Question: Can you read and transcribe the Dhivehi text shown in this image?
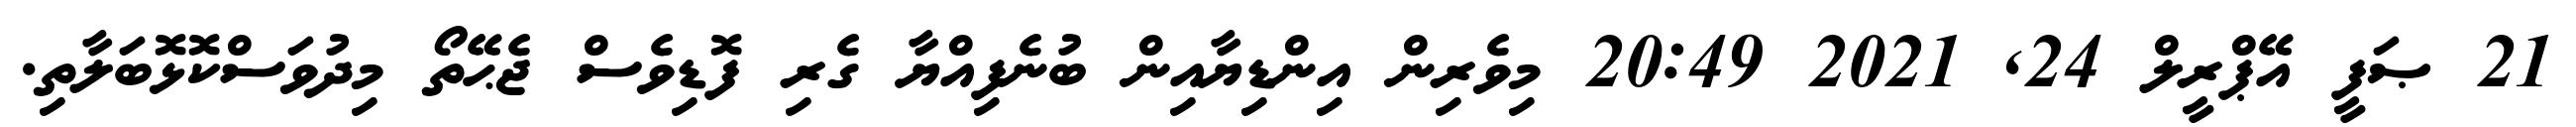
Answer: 21 ޞަފީ އޭޕްރީލް 24, 2021 20:49 މިވެރިން އިންޑިޔާއިން ބުނެފިއްޔާ ގެރި ފޮޑިވެސް ޖެޙޭތޯ މިދުވަސްކޮޅޮބަލާތި.